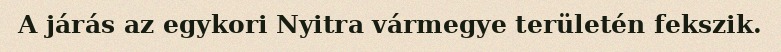
A járás az egykori Nyitra vármegye területén fekszik.